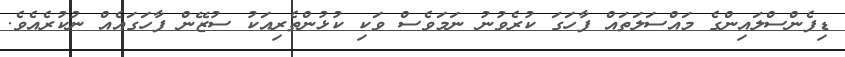
ޑިފެންސްލައިންގެ މައްސަލަތައް ފާހަގަ ކުރެވުނު ނަމަވެސް ވަކި ކުޅުންތެރިއަކު ސުޒޭން ފާހަގައެއް ނުކުރެއެވެ.